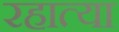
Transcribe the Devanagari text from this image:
रहात्या